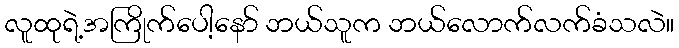
လူထုရဲ့အကြိုက်ပေါ့နော် ဘယ်သူက ဘယ်လောက်လက်ခံသလဲ။